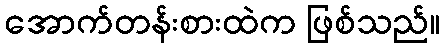
အောက်တန်းစားထဲက ဖြစ်သည်။